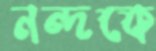
নন্দকে